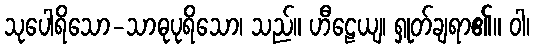
သုပေါရိသော-သာဓုပုရိသော၊ သည်။ ဟီဠေယျ၊ ရှုတ်ချရာ၏။ ဝါ၊